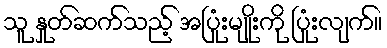
သူ နှုတ်ဆက်သည့် အပြုံးမျိုးကို ပြုံးလျက်။